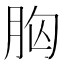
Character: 𮌍